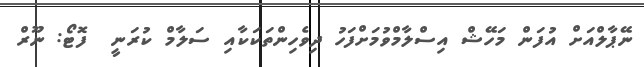
ނޭޕާލްއަށް އުފަން މަހޭޝް އިސްލާމްވުމަށްފަހު ދިވެހިންތަކަކާއި ސަލާމް ކުރަނީ  ފޮޓޯ: ނޫރް